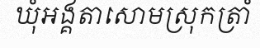
ឃុំអង្គតាសោមស្រុកត្រាំ